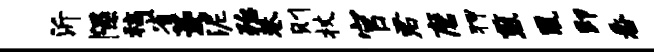
沂隰稿省菱泥殆巷则杖官君磨狎煎凰即番